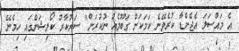
އެ މައްސަލަ އެޖެންޑާ ކުރެވޭނެ ކަމަކަށް ގަބޫލެއް ނުކުރަން" ސަރުކާރު ކޯލިޝަންގައި ހިމެނޭ